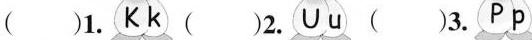
（）1. Kk（）2.Uu（）3.Pp